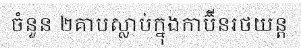
ចំនួន ២គាបស្លាប់ក្នុងកាប៊ីនរថយន្ត